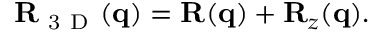
\mathbf { R } _ { \mathrm { ~ 3 ~ D ~ } } ( \mathbf { q } ) = \mathbf { R } ( \mathbf { q } ) + \mathbf { R } _ { z } ( \mathbf { q } ) .